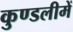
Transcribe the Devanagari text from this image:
कुण्डलीमें